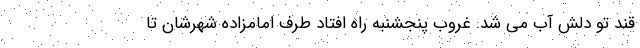
قند تو دلش آب می شد. غروب پنجشنبه راه افتاد طرف امامزاده شهرشان تا